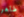
طاهر